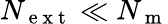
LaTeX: N_{\mathrm{~e~x~t~}}\ll N_{\mathrm{~m~}}